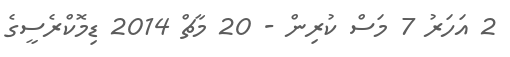
2 އަހަރު 7 މަސް ކުރިން - 20 މާޗް 2014 ޑިމޮކްރެސީގެ